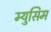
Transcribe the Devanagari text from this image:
म्युसिम